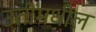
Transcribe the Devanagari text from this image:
उतींमधील